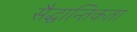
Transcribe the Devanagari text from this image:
सैद्धान्तिकता